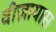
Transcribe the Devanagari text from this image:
वीज़ायास